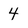
Character: 4